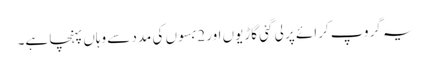
یہ گروپ کرائے پر لی گئی گاڑیوں اور 2بسوں کی مدد سے وہاں پہنچا ہے۔